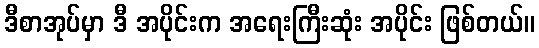
ဒီစာအုပ်မှာ ဒီ အပိုင်းက အရေးကြီးဆုံး အပိုင်း ဖြစ်တယ်။